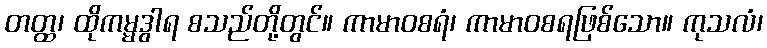
တတ္ထ၊ ထိုကမ္မဒွါရ စသည်တို့တွင်။ ကာမာဝစရံ၊ ကာမာဝစရဖြစ်သော။ ကုသလံ၊